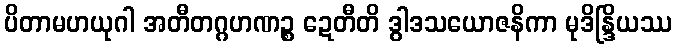
ပိတာမဟယုဂါ အတီတဂ္ဂဟဏဉ္စ ဍေတီတိ ဒွါဒသယောဇနိကာ မုဒိန္ဒြိယဿ